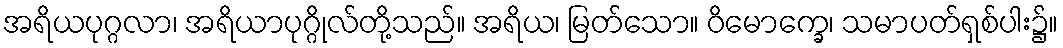
အရိယပုဂ္ဂလာ၊ အရိယာပုဂ္ဂိုလ်တို့သည်။ အရိယ၊ မြတ်သော။ ဝိမောက္ခေ၊ သမာပတ်ရှစ်ပါး၌။